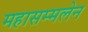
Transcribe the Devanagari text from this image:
महासम्मलेन